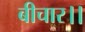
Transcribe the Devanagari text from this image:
बीचार।।